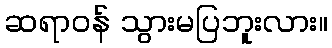
ဆရာဝန် သွားမပြဘူးလား။